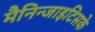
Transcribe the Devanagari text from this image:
मैनिन्जाइटिसके